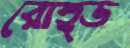
রোহ্ড